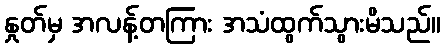
နှုတ်မှ အလန့်တကြား အသံထွက်သွားမိသည်။